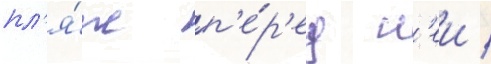
пл'я́ж п'е́р'ед н'еи /